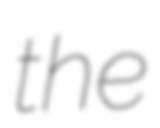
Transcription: the